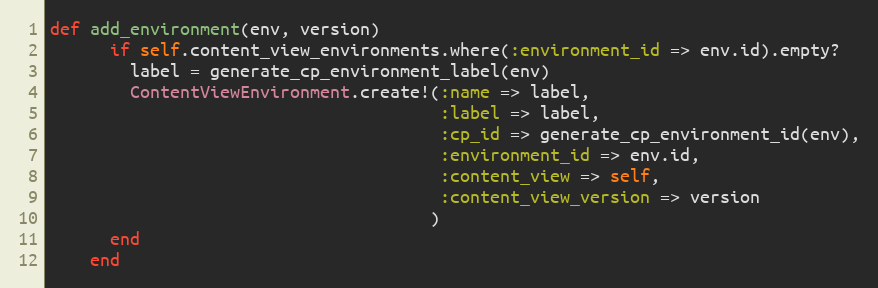
Language: Ruby
def add_environment(env, version)
      if self.content_view_environments.where(:environment_id => env.id).empty?
        label = generate_cp_environment_label(env)
        ContentViewEnvironment.create!(:name => label,
                                       :label => label,
                                       :cp_id => generate_cp_environment_id(env),
                                       :environment_id => env.id,
                                       :content_view => self,
                                       :content_view_version => version
                                      )
      end
    end